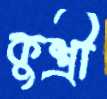
কুশ্রী